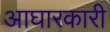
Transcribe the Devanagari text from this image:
आघारकारी